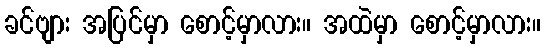
ခင်ဗျား အပြင်မှာ စောင့်မှာလား။ အထဲမှာ စောင့်မှာလား။